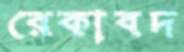
রেকাবদ